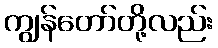
ကျွန်တော်တို့လည်း